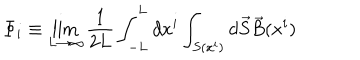
\Phi _ { i } \equiv \lim _ { L \rightarrow \infty } \frac { 1 } { 2 L } \int _ { - L } ^ { L } d x ^ { i } \int _ { S ( x ^ { i } ) } d \vec { S } \vec { B } ( x ^ { i } )